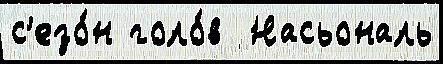
с'езо́н голо́в  Насьональ